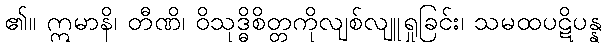
၏။ ဣမာနိ၊ တီဏိ၊ ဝိသုဒ္ဓိစိတ္တကိုလျစ်လျူရှုခြင်း၊ သမထပဋိပန္န